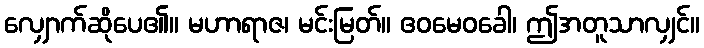
လျှောက်ဆိုပေ၏။ မဟာရာဇ၊ မင်းမြတ်။ ဧဝမေဝခေါ၊ ဤအတူသာလျှင်။